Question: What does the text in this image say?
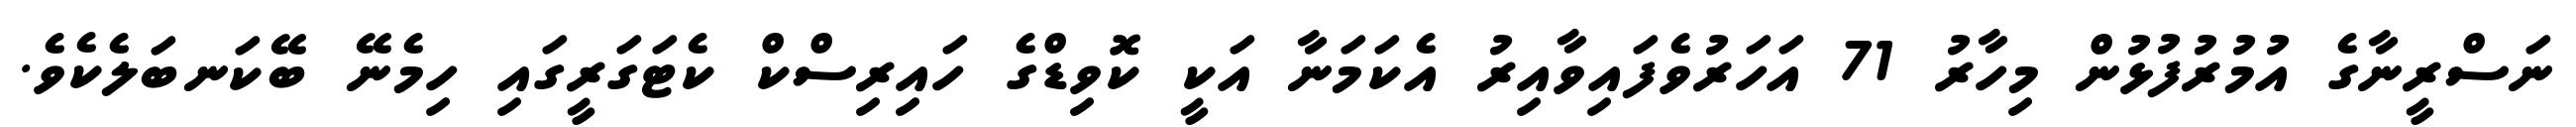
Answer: ނަސްރީނާގެ އުމުރުފުޅުން މިހާރު 71 އަހަރުވެފައިވާއިރު އެކަމަނާ އަކީ ކޮވިޑްގެ ހައިރިސްކް ކެޓަގަރީގައި ހިމެނޭ ބޭކަނބަލެކެވެ.